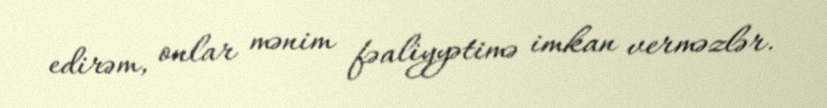
edirəm, onlar mənim fəaliyyətimə imkan verməzlər.